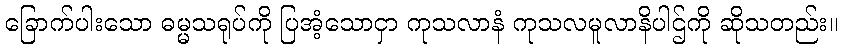
ခြောက်ပါးသော ဓမ္မသရုပ်ကို ပြအံ့သောငှာ ကုသလာနံ ကုသလမူလာနိပါဌ်ကို ဆိုသတည်း။